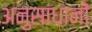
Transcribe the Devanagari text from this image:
अनुसांधानों